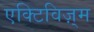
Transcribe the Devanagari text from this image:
एक्टिविज़्म